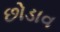
છોડાવ